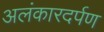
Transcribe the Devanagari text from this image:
अलंकारदर्पण